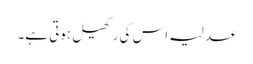
عدلیہ اس کی رکھیل ہوتی ہے۔